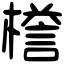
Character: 𣚞